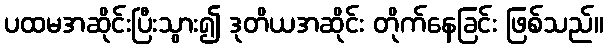
ပထမအဆိုင်းပြီးသွား၍ ဒုတိယအဆိုင်း တိုက်နေခြင်း ဖြစ်သည်။